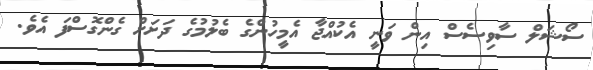
ސޯޝަލް ސާވިސެސް އިން ވަނީ އެކުއްޖާ އެމީހުންގެ ބެލުމުގެ ދަށަށް ގެންގޮސްފަ އެވެ.